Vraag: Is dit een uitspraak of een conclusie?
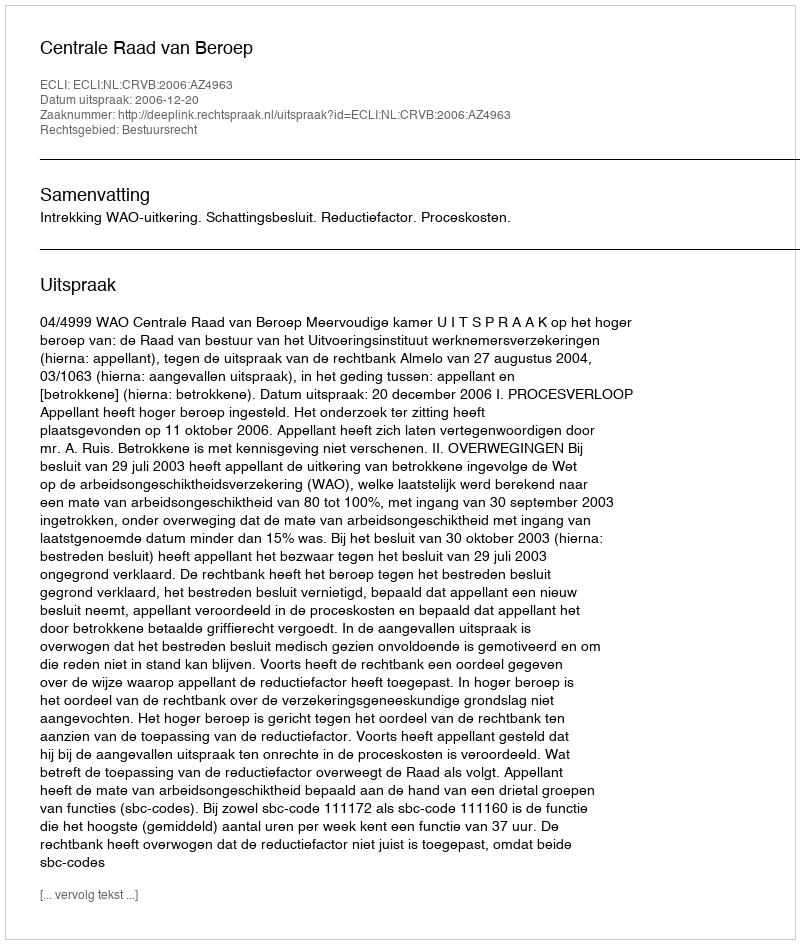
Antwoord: Uitspraak